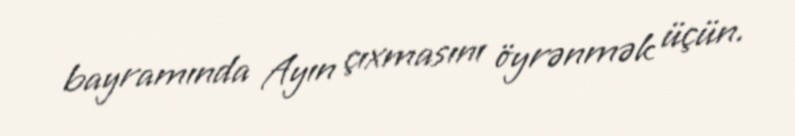
bayramında Ayın çıxmasını öyrənmək üçün.